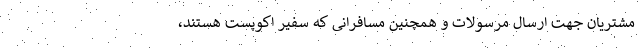
مشتریان جهت ارسال مرسولات و همچنین مسافرانی که سفیر اکوپست هستند،